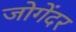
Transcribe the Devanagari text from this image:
जोगेंदर